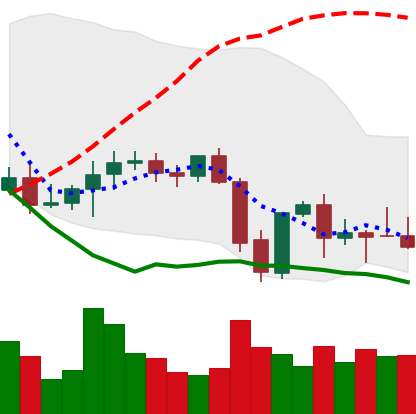
Ticker: XMR-USD
Chart end date: 2021-09-28
Forward return: 12.808%
Label: up_7plus